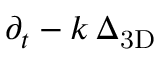
\partial _ { t } - k \, \Delta _ { \mathrm { 3 D } }